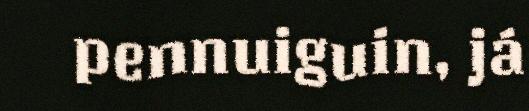
pennuiguin, já